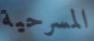
المسرحية